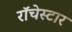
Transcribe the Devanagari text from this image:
रॉचेस्टार